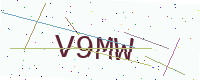
Text: V9MW